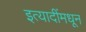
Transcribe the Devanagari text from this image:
इत्यादींमधून